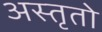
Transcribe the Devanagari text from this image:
अस्तृतो